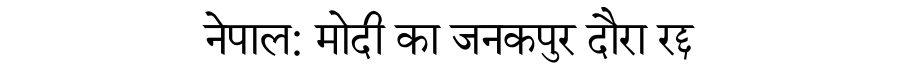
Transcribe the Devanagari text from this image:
नेपाल: मोदी का जनकपुर दौरा रद्द